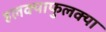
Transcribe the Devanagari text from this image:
हलक्याफुलक्या